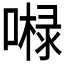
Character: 𱔘